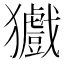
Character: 㺣